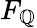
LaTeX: F_{\mathbb{Q}}